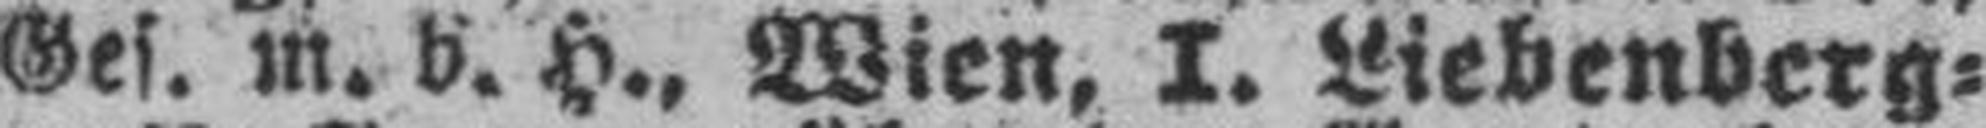
Ges. m. b. H., Wien, I. Liebenberg¬